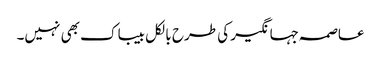
عاصمہ جہانگیر کی طرح بالکل بیباک بھی نہیں۔